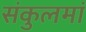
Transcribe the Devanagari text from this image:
संकुलमां